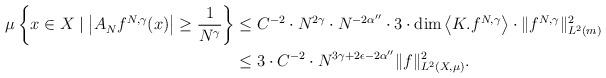
LaTeX: \begin{align*}\mu\left\{x \in X \mid \left\lvert A^{}_{N}f^{N,\gamma}(x)\right\rvert \geq \frac{1}{N^\gamma} \right\} & \leq C^{-2}\cdot N^{2\gamma}\cdot N^{-2\alpha''} \cdot 3\cdot \dim\left<K.f^{N,\gamma}\right>\cdot \|f^{N,\gamma}\|_{L^2(m)}^{2}\\ & \leq 3\cdot C^{-2}\cdot N^{3\gamma+2\epsilon-2\alpha''}\|f\|_{L^2(X,\mu)}^{2}.\end{align*}